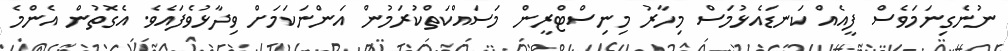
ނުނެގިނަމަވެސް ފީއެއް ކަނޑައެޅުމަސް މިހާރު މިނިސްޓްރީން މަސައްކަތްކުރަމުން އަންނަކަމަށް ވިދާޅުވެފައެވެ. އެގޮތުން އެންމެ